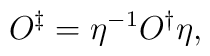
O^\ddag=\eta^{-1}O^\dag\eta,